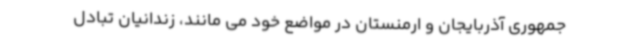
جمهوری آذربایجان و ارمنستان در مواضع خود می مانند، زندانیان تبادل